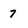
Character: 7